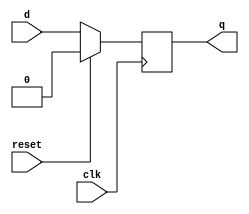
`timescale 1ns / 1ps
//////////////////////////////////////////////////////////////////////////////////
// Company: 
// Engineer: 
// 
// Design Name: 
// Module Name: dff_sync_reset
// Project Name: 
// Target Devices: 
// Tool Versions: 
// Description: 
// 
// Dependencies: 
// 
// Revision:
// Revision 0.01 - File Created
// Additional Comments:
// 
//////////////////////////////////////////////////////////////////////////////////


module dff_sync_reset(
    input clk,
    input reset,
    input d,
    output reg q
    );
    
    
   always @(posedge clk)
      if (reset) begin
         q <= 1'b0;
      end 
      else begin
         q <= d;
      end
                            
                            
    
    
endmodule